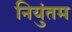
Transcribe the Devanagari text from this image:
नियुंतम